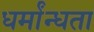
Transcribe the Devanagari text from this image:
धर्मांन्धता